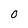
Character: 0